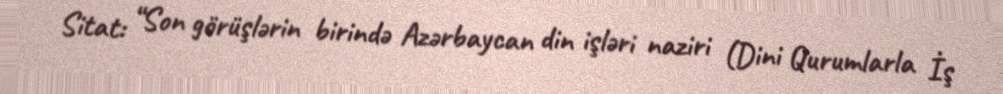
Sitat: “Son görüşlərin birində Azərbaycan din işləri naziri (Dini Qurumlarla İş